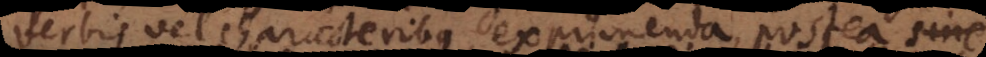
verbis vel characteribus exprimenda, postea sine